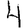
Digit: 4